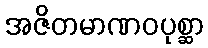
အဇိတမာဏဝပုစ္ဆာ